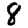
Digit: 8